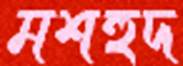
মশহুদ